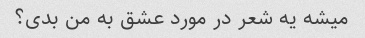
میشه یه شعر در مورد عشق به من بدی؟